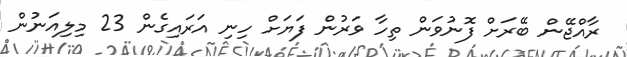
ރާއްޖޭން ބޭރަށް ފޮނުވަން ތިހާ ވަރުން ފަޔަށް ހިނި އަރައިގެން 23 މިިލިއަނުން